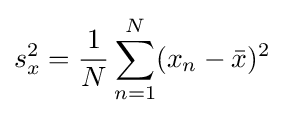
s_{x}^{2}={\frac {1}{N}}\sum _{n=1}^{N}(x_{n}-{\bar {x}})^{2}